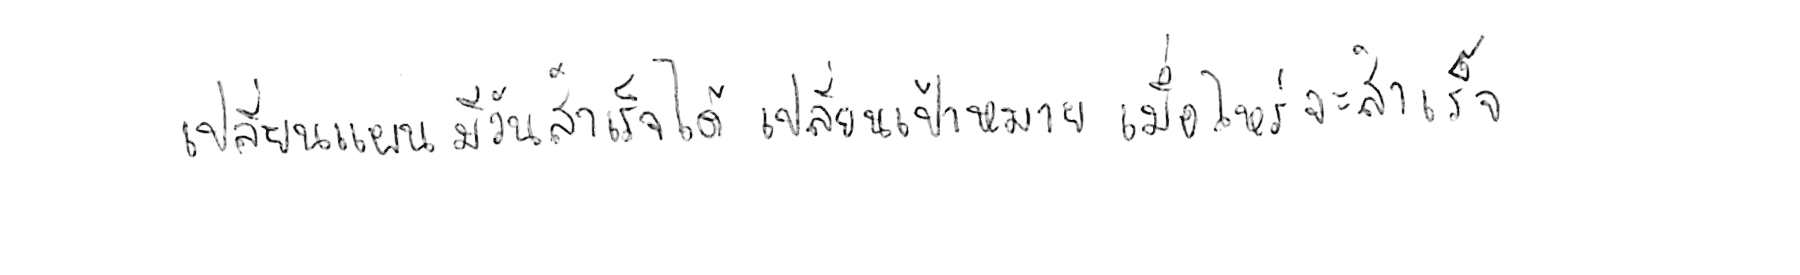
เปลี่ยนแผน มีวันสำเร็จได้ เปลี่ยนเป้าหมาย เมื่อไหร่จะสำเร็จ